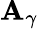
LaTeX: \mathbf{A}_{\gamma}